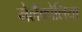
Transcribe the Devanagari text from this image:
मेलैंकोलिया